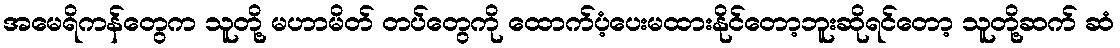
အမေရိကန်တွေက သူတို့ မဟာမိတ် တပ်တွေကို ထောက်ပံ့ပေးမထားနိုင်တော့ဘူးဆိုရင်တော့ သူတို့ဆက် ဆံ